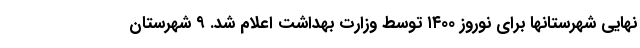
نهایی شهرستانها برای نوروز ۱۴۰۰ توسط وزارت بهداشت اعلام شد. ۹ شهرستان